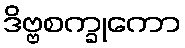
ဒိဗ္ဗစက္ခုကော